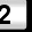
Digit: 2